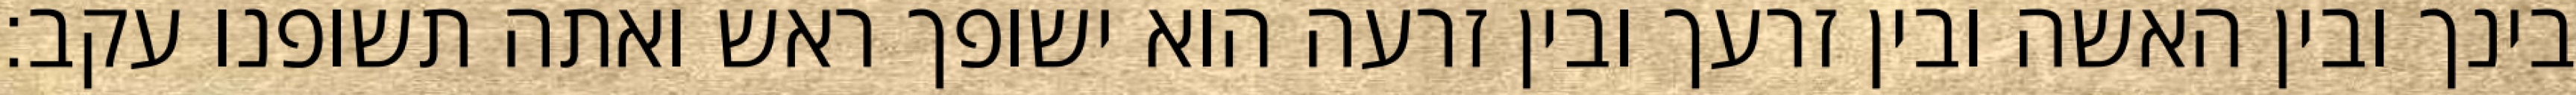
בינך ובין האשה ובין זרעך ובין זרעה הוא ישופך ראש ואתה תשופנו עקב׃